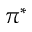
\pi ^ { * }